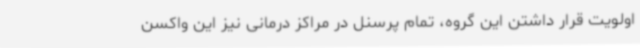
اولویت قرار داشتن این گروه، تمام پرسنل در مراکز درمانی نیز این واکسن